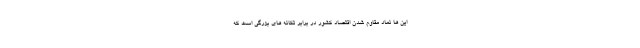
این ها نماد مقاوم شدن اقتصاد کشور در برابر تکانه های بزرگی است که